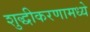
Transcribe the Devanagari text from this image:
शुद्धीकरणामध्ये